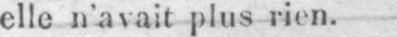
elle n’avait plus rien.